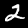
Digit: 2